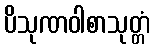
ပိသုဏဝါစာသုတ္တံ